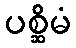
ပစ္ဆိမံ